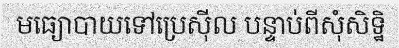
មធ្យោបាយទៅប្រេស៊ីល បន្ទាប់ពីសុំសិទ្ឋិ